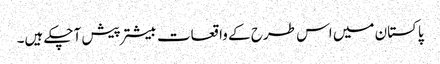
پاکستان میں اس طرح کے واقعات بیشتر پیش آچکے ہیں۔